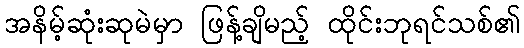
အနိမ့်ဆုံးဆုမဲမှာ ဖြန့်ချိမည့် ထိုင်းဘုရင်သစ်၏